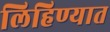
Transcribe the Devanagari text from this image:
लिहिण्‍यात